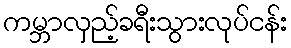
ကမ္ဘာလှည့်ခရီးသွားလုပ်ငန်း